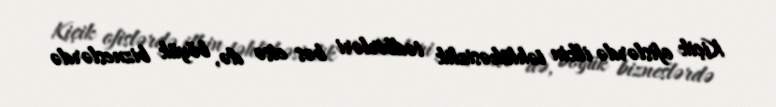
Kiçik ofislərdə ilkin təhlükəsizlik tədbirləri bəs etsə də, böyük bizneslərdə